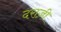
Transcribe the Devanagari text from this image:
दराज़ी